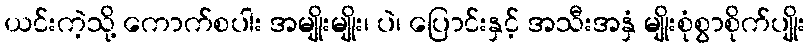
ယင်းကဲ့သို့ ကောက်စပါး အမျိုးမျိုး၊ ပဲ၊ ပြောင်းနှင့် အသီးအနှံ မျိုးစုံစွာစိုက်ပျိုး